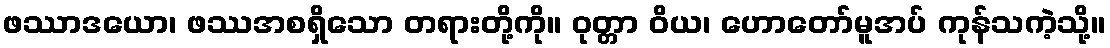
ဖဿာဒယော၊ ဖဿအစရှိသော တရားတို့ကို။ ဝုတ္တာ ဝိယ၊ ဟောတော်မူအပ် ကုန်သကဲ့သို့။